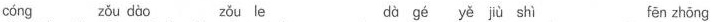
cóng zǒu dào zǒu le dà gé yě jiù shì fēn zhōng